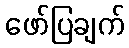
ဖော်ပြချက်